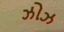
ઝોઝ